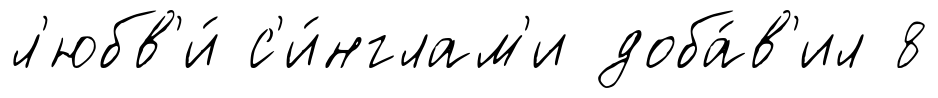
л'юбв'и́ с'и́нглам'и доба́в'ил 8